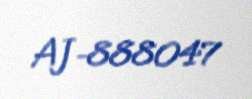
AJ-888047